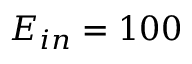
E _ { i n } = 1 0 0